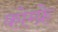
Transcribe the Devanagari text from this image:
कोम्फ्रे